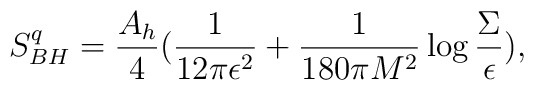
S^q_{BH}={A_h \over 4} ({1 \over 12\pi \epsilon^2} + {1 \over 180 \pi M^2}\log {\Sigma \over \epsilon}),